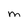
Character: M